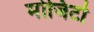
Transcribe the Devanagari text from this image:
मोजिटो